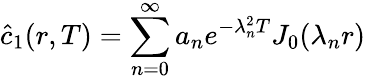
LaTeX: \hat{c}_{1}(r,T)=\sum_{n=0}^{\infty}a_{n}e^{-\lambda_{n}^{2}T}J_{0}(\lambda_{n}r)